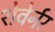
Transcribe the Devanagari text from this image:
शेवेर्नर